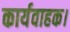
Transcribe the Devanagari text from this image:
कार्यवाहक।